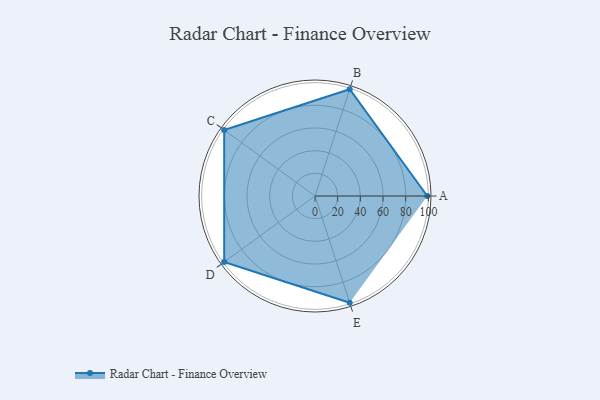
{"axis": {"x": "Skill", "y": "Score"}, "legend": ["Profile"], "data": [{"x": "A", "y": 99, "type": "Profile"}, {"x": "B", "y": 99, "type": "Profile"}, {"x": "C", "y": 99, "type": "Profile"}, {"x": "D", "y": 99, "type": "Profile"}, {"x": "E", "y": 99, "type": "Profile"}]}